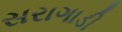
સરાગાડી